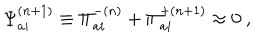
{ \Psi } _ { a i } ^ { ( n + 1 ) } \equiv { \Pi } _ { a i } ^ { - ( n ) } + { \Pi } _ { a i } ^ { + ( n + 1 ) } \approx 0 \ ,